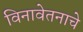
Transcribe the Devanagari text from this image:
विनावेतनाचे